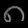
Digit: ၈